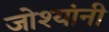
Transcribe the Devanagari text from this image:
जोश्यांनी